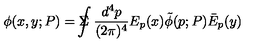
\phi ( x , y ; P ) = \Sigma \! \! \! \! \! \! \int \frac { d ^ { 4 } p } { ( 2 \pi ) ^ { 4 } } E _ { p } ( x ) \tilde { \phi } ( p ; P ) \bar { E } _ { p } ( y )